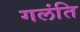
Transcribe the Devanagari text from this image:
गलंति